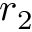
r _ { 2 }